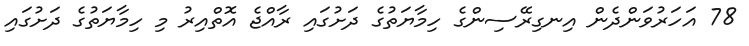
78 އަހަރުވަންދެން އިނގިރޭސިންގެ ހިމާޔަތުގެ ދަށުގައި ރާއްޖެ އޮތްއިރު މި ހިމާޔަތުގެ ދަށުގައި